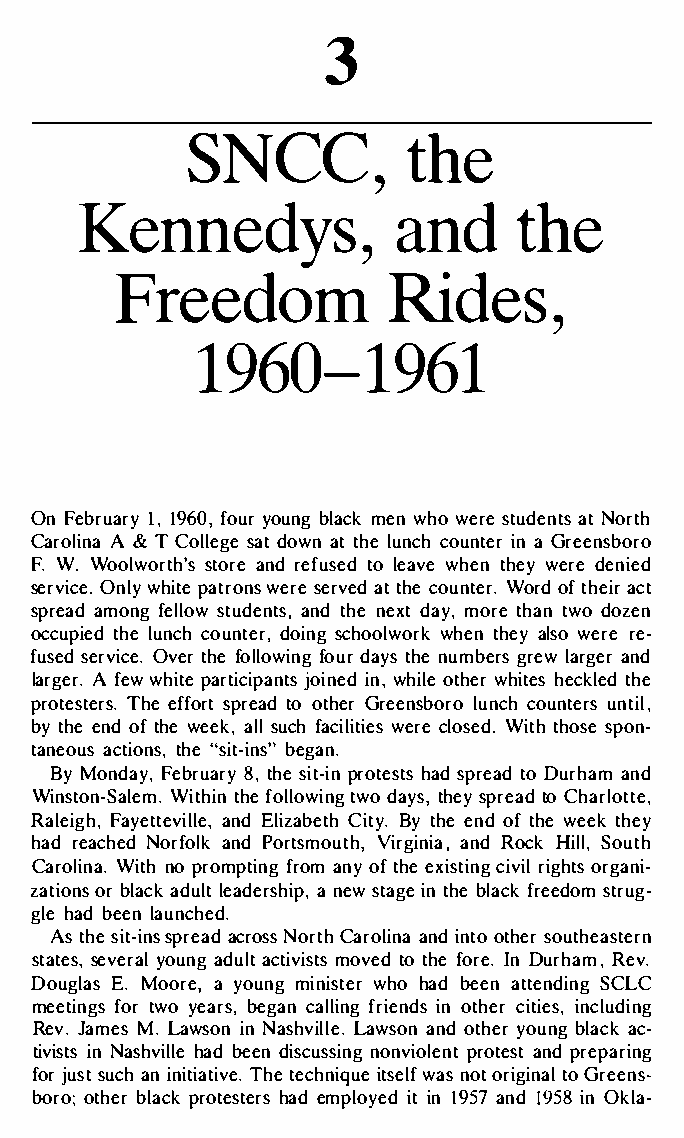
3
 SNCC,t            he
 Kennedyasn,d                 t   he
 FreedomRi            des,
 1960-1961
 OnF ebru1a1,r9 y,6f 0ouyro ung mbelnwa hcowk e rset udaetNn otrst h
 CaroAl i&n CaTo llseadgtoe w antt hleu nccohu nitnaeG rr eensboro
 F.  WWo.o lworstthoa'rnserd e fusleeda wvtheoe t nh ewye rdee nied
 servOinclweyh. i ptaet ronsse rwaveettrd hec e o unWtoerrod.ft heaicrt
 spreaamdo nflgel oswt udeannttdh sne,e xdta ym,o rteh atnw doo zen
 occuptihleeud n ccohu ndtoeirsn,cg h oolwwhoetrnhk ea yl so rwee­re
 fused   Osveertrvh fieloc leo.w fiuonrdg a ytshn eu bmergsr ew larger and
 larAg efrwe.hw i te partiicnwi,hp iaolnteth se rj owihnietde s heckled the
 proteTshteee frfsso.pr rtet aood t hGerre enslbuconhcr oou nutne,tr is l
 byt heen odf t hee kwa,els lu cfhal ciitwieercsel osWeidtt.hh osspeo n­
 taneaocutsi tohn"ess ,i tb-eiagnns."
 ByM ondFaeyb,r u8a,tr hsyei tp-rionth easdt ss tpoDr uerahda anmd
 Winston.W- iStahtlihefnemo llotwwdioan ,ygt s hseyp retoa daC rhlotte,
 RaleFiagyhev,ti tlaelneEd,l izaCbietBtyyht. h een odf t hwee etkh ey
 harde acNhoeordlf akn Pdo rotustmVhi,rn gi,iaa nRdo cHki ll, South
 CaorliWniatn.ho p rompftrioanmng oy ft heex istirniggo hrctgisav niil­
 zatioorn sba ldaucllket as dheiarnp e,sw t aignte h bel afcrke esdtormu g­
 glhea bde elna unched.
 Ast hsei ts-pirnaesca rdNo osrsCt ahr oalniidnn aot toh er southeastern
 stasteevsey,ro aualnd gu alctt ivisttots h femro oeIv.nDe udr h,aR mev.
 DouglaMso oEra.ey ,o umnign iwshtohe ardb e eant tenSdCiLnCg
 meetfiontrgw syo e abresg,a n callingc iftriiineecsnl,du sd iinng other
 Re.vJ amMe.sL awsionNn a sihlvLlaew.s aonnd oytohuebnrlg a acck­
 tiviinNs atssh vhiabldel eedn i scunsosnivnigpo rloetanentspd tr eparing
 fojru ssutca hni nitiatteicvhen.ii tqTswuheaeenls of ot r igtioGn raele ns­
 boroot;h belra pcrko tehsatedem rpsl oiyiten 1d 59 7a n1d59 8i nO kla-